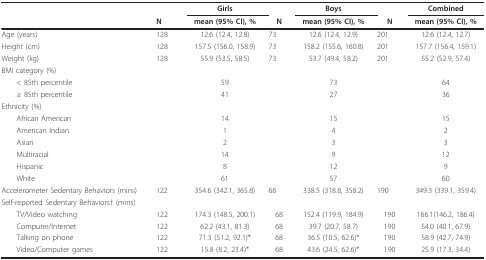
|  |  | Girls |  | Boys |  | Combined |
 |  | N | mean (95% CI), % | N | mean (95% CI), % | N | mean (95% CI), % |
 | --- | --- | --- | --- | --- | --- | --- |
 | Age (years) | 128 | 12.6 (12.4, 12.8) | 73 | 12.6 (12.4, 12.9) | 201 | 12.6 (12.4, 12.7) |
 | Height (cm) | 128 | 157.5 (156.0, 158.9) | 73 | 158.2 (155.6, 160.8) | 201 | 157.7 (156.4, 159.1) |
 | Weight (kg) | 128 | 55.9 (53.5, 58.5) | 73 | 53.7 (49.4, 58.2) | 201 | 55.2 (52.9, 57.4) |
 | BMI category (%) |  |  |  |  |  |  |
 | < 85th percentile |  | 59 |  | 73 |  | 64 |
 | ≥ 85th percentile |  | 41 |  | 27 |  | 36 |
 | Ethnicity (%) |  |  |  |  |  |  |
 | African American |  | 14 |  | 15 |  | 15 |
 | American Indian |  | 1 |  | 4 |  | 2 |
 | Asian |  | 2 |  | 3 |  | 3 |
 | Multiracial |  | 14 |  | 9 |  | 12 |
 | Hispanic |  | 8 |  | 12 |  | 9 |
 | White |  | 61 |  | 57 |  | 60 |
 | Accelerometer Sedentary Behaviors (mins) | 122 | 354.6 (342.1, 365.8) | 68 | 338.5 (318.8, 358.2) | 190 | 349.3 (339.1, 359.4) |
 | Self-reported Sedentary Behaviors† (mins) |  |  |  |  |  |  |
 | TV/Video watching | 122 | 174.3 (148.5, 200.1) | 68 | 152.4 (119.9, 184.9) | 190 | 166.1(146.2, 186.4) |
 | Computer/Internet | 122 | 62.2 (43.1, 81.3) | 68 | 39.7 (20.7, 58.7) | 190 | 54.0 (40.1, 67.9) |
 | Talking on phone | 122 | 71.3 (51.2, 92.1)* | 68 | 36.5 (10.5, 62.6)* | 190 | 58.9 (42.7, 74.9) |
 | Video/Computer games | 122 | 15.8 (8.2, 23.4)* | 68 | 43.6 (24.5, 62.6)* | 190 | 25.9 (17.3, 34.4) |